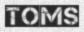
TOMS